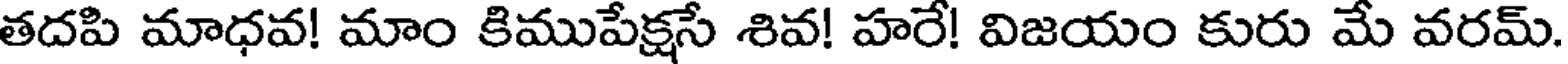
తదపి మాధవ! మాం కిముపేక్షసే శివ! హరే! విజయం కురు మే వరమ్